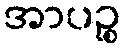
အာပဉ္စ